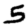
Digit: 5